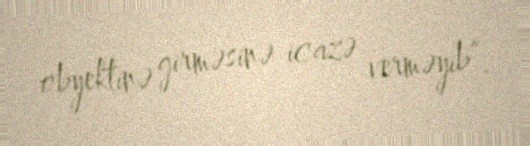
obyektinə girməsinə icazə verməyib”.